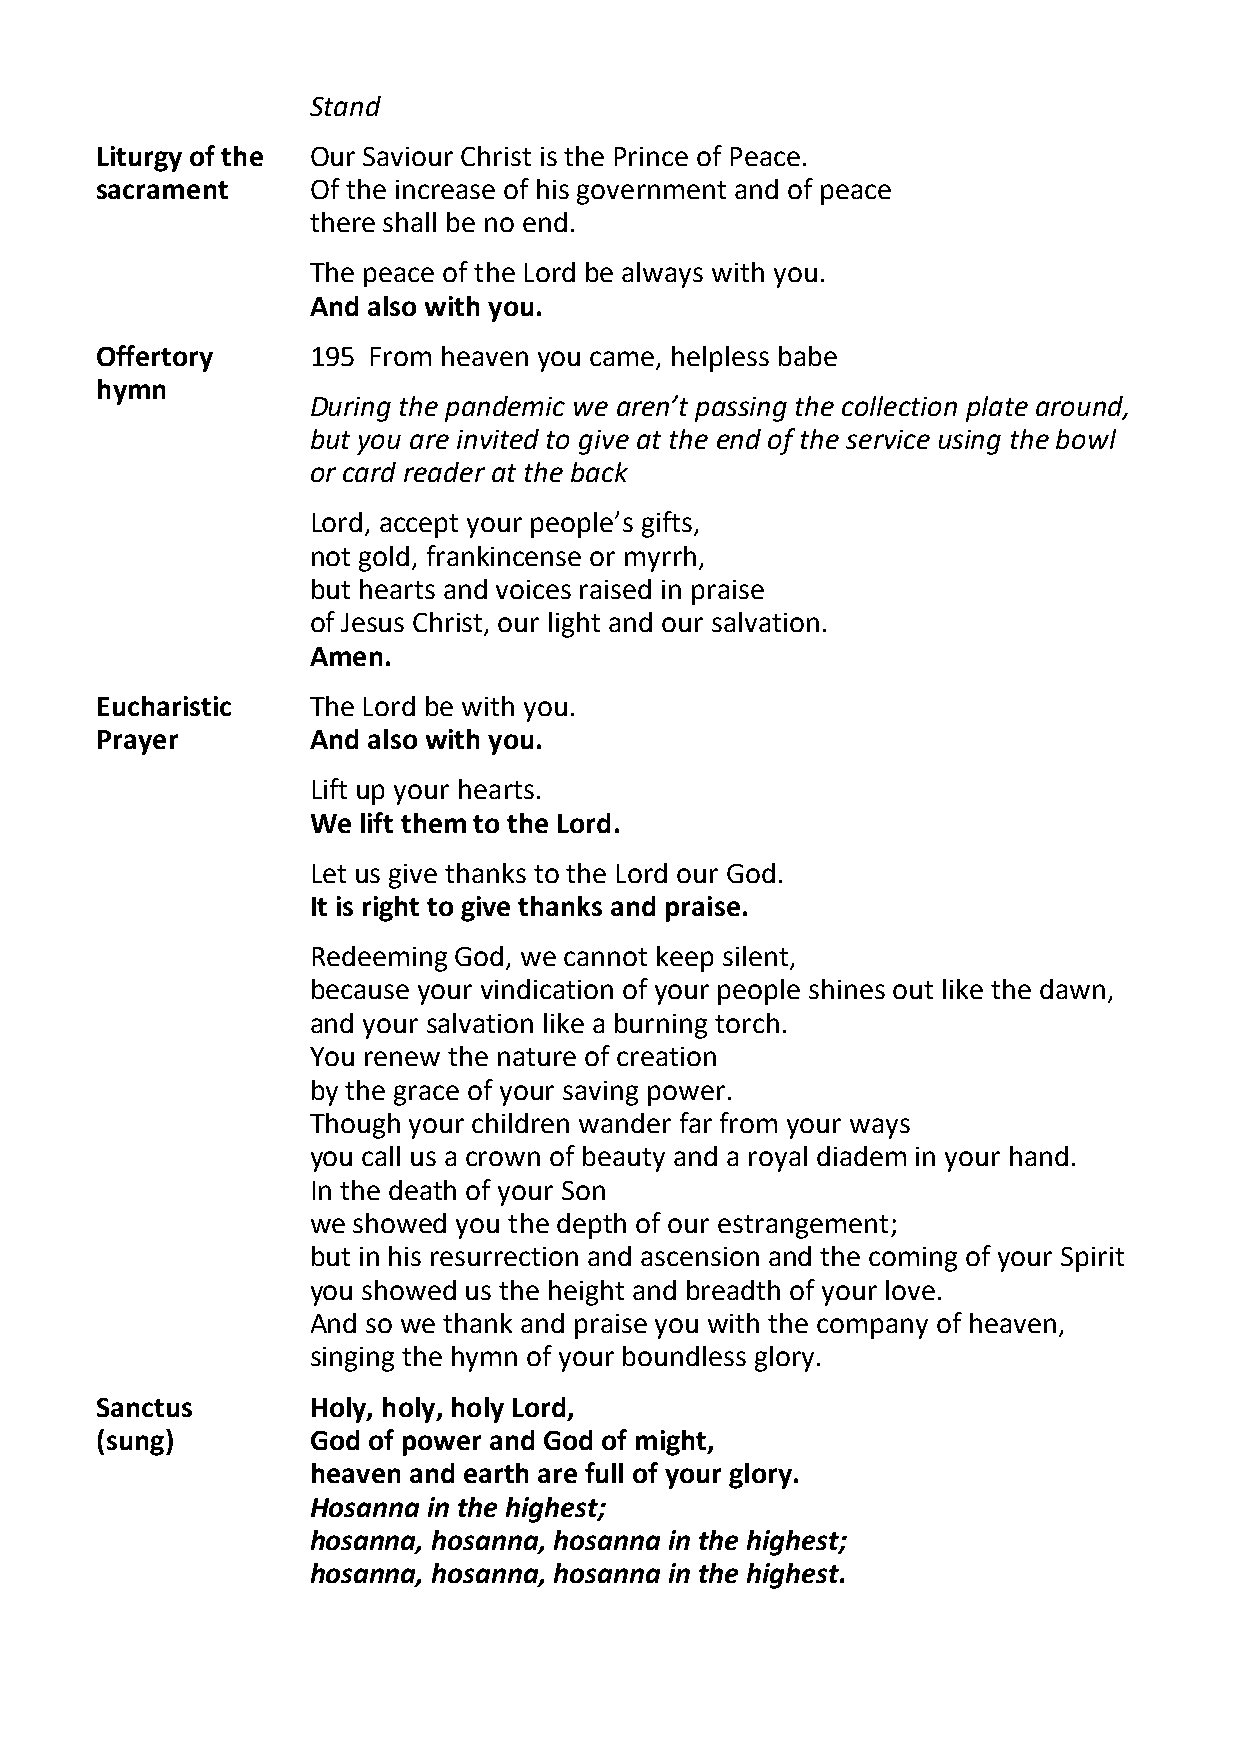
Stand
 Liturgy of the Our Saviour Christ is the Prince of Peace.
 sacrament     Of the increase of his government and of peace
 there shall be no end.
 The peace of the Lord be always with you.
 And also with you.
 Offertory     195 From heaven you came, helpless babe
 hymn
 During the pandemic we aren’t passing the collection plate around,
 but you are invited to give at the end of the service using the bowl
 or card reader at the back
 Lord, accept your people’s gifts,
 not gold, frankincense or myrrh,
 but hearts and voices raised in praise
 of Jesus Christ, our light and our salvation.
 Amen.
 Eucharistic   The Lord be with you.
 Prayer        And also with you.
 Lift up your hearts.
 We  lift them to the Lord.
 Let us give thanks to the Lord our God.
 It is right to give thanks and praise.
 Redeeming God, we cannot keep silent,
 because your vindication of your people shines out like the dawn,
 and your salvation like a burning torch.
 You renew the nature of creation
 by the grace of your saving power.
 Though your children wander far from your ways
 you call us a crown of beauty and a royal diadem in your hand.
 In the death of your Son
 we showed you the depth of our estrangement;
 but in his resurrection and ascension and the coming of your Spirit
 you showed us the height and breadth of your love.
 And so we thank and praise you with the company of heaven,
 singing the hymn of your boundless glory.
 Sanctus       Holy, holy, holy Lord,
 (sung)        God of power and God of might,
 heaven and earth are full of your glory.
 Hosanna in the highest;
 hosanna, hosanna, hosanna in the highest;
 hosanna, hosanna, hosanna in the highest.